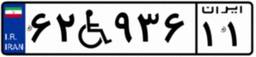
۶۹W۰۶۱۷۴